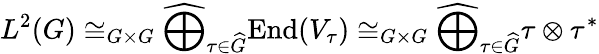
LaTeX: L^{2}(G)\cong_{G\times G}{\widehat{\bigoplus}}_{\tau\in{\widehat{G}}}{\mathrm{End}}(V_{\tau})\cong_{G\times G}{\widehat{\bigoplus}}_{\tau\in{\widehat{G}}}\tau\otimes\tau^{*}